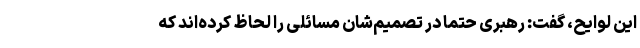
این لوایح، گفت: رهبری حتما در تصمیم‌شان مسائلی را لحاظ کرده‌اند که